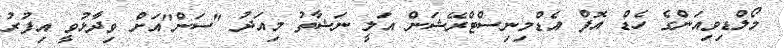
މޯލްޑިވިއަންގެ ހެޑް އޮފް އެޑްމިނިސްޓްރޭޝަން އަލީ ނަޝާތު މިއަދު "ސަން"އަށް ވިދާޅުވީ އިފުރު